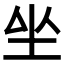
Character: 𡉡